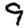
Digit: 9